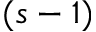
( s - 1 )